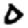
Digit: 0